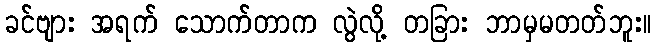
ခင်ဗျား အရက် သောက်တာက လွဲလို့ တခြား ဘာမှမတတ်ဘူး။